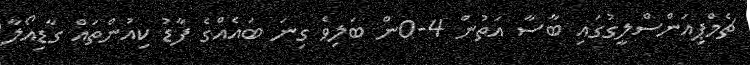
ޗެމްޕިއަންސްލީގުގައި ބާސާ އަތުން 4-0ން ބަލިވެ ގިނަ ބައެއްގެ ފާޑު ކިއުންތައް ގާޑިއޯލާ